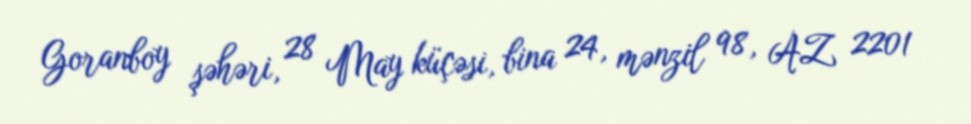
Goranboy şəhəri, 28 May küçəsi, bina 24, mənzil 98, AZ 2201